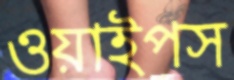
ওয়াইপস